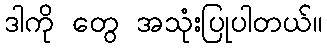
ဒါကို တွေ အသုံးပြုပါတယ်။